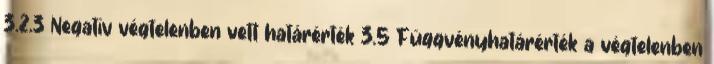
3.2.3 Negatív végtelenben vett határérték 3.5 Függvényhatárérték a végtelenben